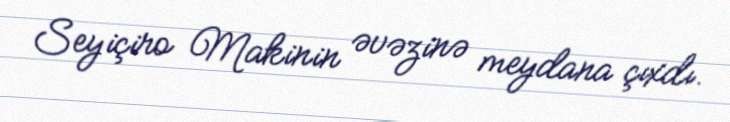
Seyiçiro Makinin əvəzinə meydana çıxdı.